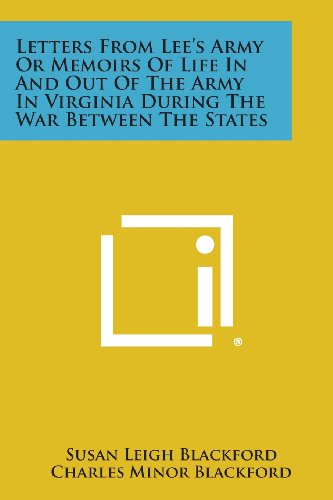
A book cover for Letters from Lee's Army or Memoirs of Life in and Out of the Army in Virginia During the War Between the States; Susan Leigh Blackford; Literature & Fiction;